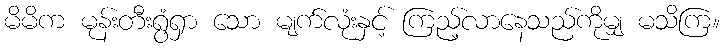
မိမိက မုန်းတီးရွံရှာ သော မျက်လုံးနှင့် ကြည့်လာနေသည်ကိုမျှ မသိကြ။